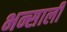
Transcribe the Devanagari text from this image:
भन्साली